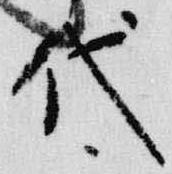
代